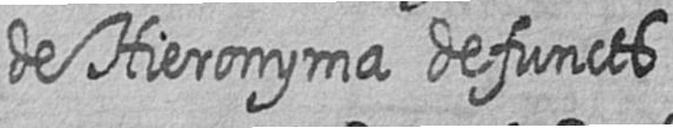
de Hieronyma defuncts